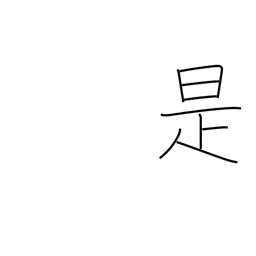
Meaning: just so